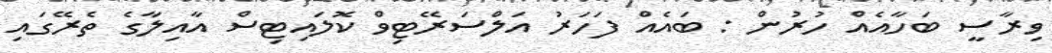
ވިރާސީ ބަހާއެއް ހުރުން : ބައެއް ފަހަރު އަލްސަރޭޓިވް ކޮލައިޓިސް އާއިލާގެ ތެރޭގައި